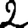
Digit: 2